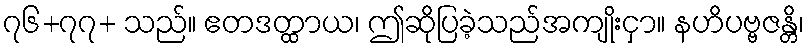
၇၆+၇၇+ သည်။ ဧတဒတ္ထာယ၊ ဤဆိုပြခဲ့သည်အကျိုးငှာ။ နဟိပဗ္ဗဇန္တိ၊